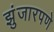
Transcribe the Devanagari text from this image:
झुंजारपणे